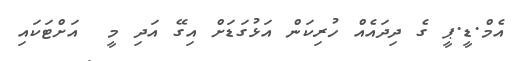
އެމް.ޑީ.ޕީ ގެ ދިދައެއް ހުރިކަން އަޅުގަޑަށް އިގޭ އަދި މީ  އަށްޓަކައި